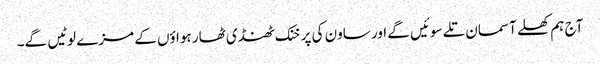
آج ہم کھلے آسمان تلے سوئیں گے اور ساون کی پرخنک ٹھنڈی ٹھار ہواؤں کے مزے لوٹیں گے۔